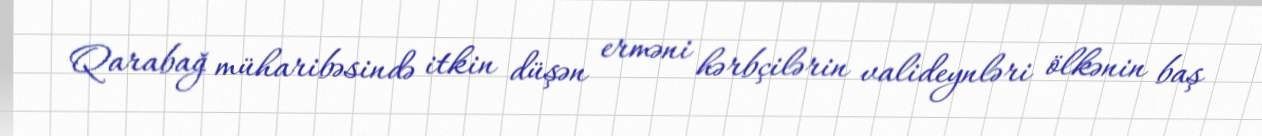
Qarabağ müharibəsində itkin düşən erməni hərbçilərin valideynləri ölkənin baş